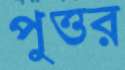
পুত্তর